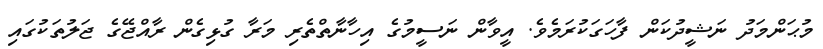
މުޙަންމަދު ނަޝީދުކަން ފާހަގަކުރަމެވެ. އީވާން ނަސީމުގެ އިހާނާތްތެރި މަރާ ގުޅިގެން ރާއްޖޭގެ ޖަލުތަކުގައި